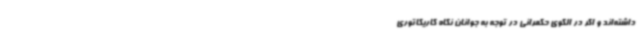
داشته‌اند و اگر در الگوی حکمرانی در توجه به جوانان نگاه کاریکاتوری